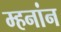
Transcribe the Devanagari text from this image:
म्हनांन